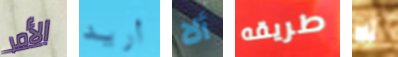
الأمر أريد ألا طريقه ألا